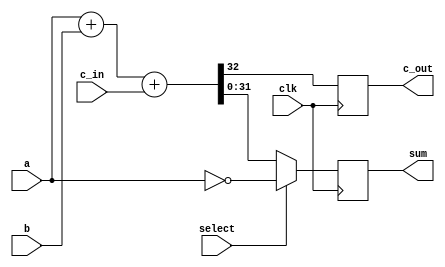
`timescale 1ns / 1ns

module Verification_RegAdder(c_out,sum, a,b,c_in, select,clk);
parameter n=32;
input [n-1:0] a;
input [n-1:0] b;
input c_in;
input clk;
output reg c_out;
output reg [n-1:0] sum;
input select;

wire [n-1:0] sum_temp;
wire c_out_temp;

assign {c_out_temp, sum_temp}= a+b+c_in;

always @(posedge clk)begin
c_out<=c_out_temp;
sum<=(select)?~a : sum_temp;
end
endmodule